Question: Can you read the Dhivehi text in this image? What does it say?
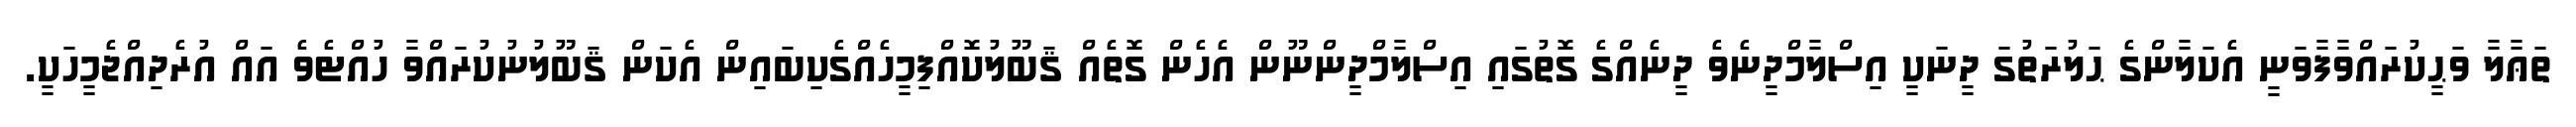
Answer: ތަޢާލާ ވަޙީކުރައްވާފާވަނީ އެކަލާންގެ ޙަލުރަތުގަ ދީނަކީ އިސްލާމްދީނެވެ ދީނެއްގެ ގޮތުގައި އިސްލާމްދީންނޫން އެހެން ގޮތެއް ޤަބޫލުކޮއްފިމީހެއްގެކިބައިން އެކަން ޤަބޫލުނުކުރައްވާ ހުއްޓެވެ އައް އުރެދިއްޖެމީހަކީ.